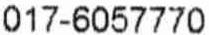
017-6057770